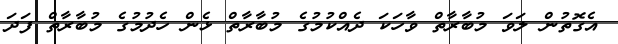
އެގޮތުން ލަވަ މުބާރާތް ވާހަކަ ދެއްކުމުގެ މުބާރާތް ޅެން ހެދުމުގެ މުބާރާތް ފަދަ